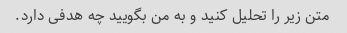
متن زیر را تحلیل کنید و به من بگویید چه هدفی دارد.